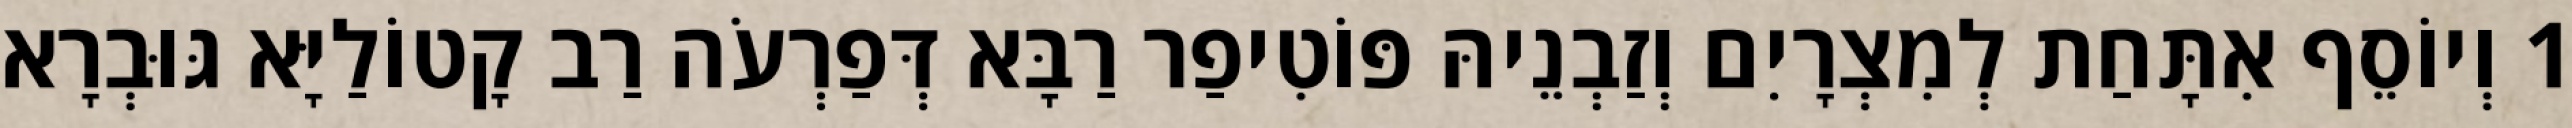
1 וְיוֹסֵף אִתָּחַת לְמִצְרָיִם וְזַבְנֵיהּ פּוֹטִיפַר רַבָּא דְּפַרְעֹה רַב קָטוֹלַיָּא גּוּבְרָא